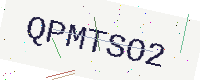
Text: QPMTSO2